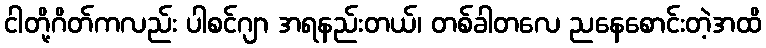
ငါတို့ဂိတ်ကလည်း ပါစင်ဂျာ အရနည်းတယ်၊ တစ်ခါတလေ ညနေစောင်းတဲ့အထိ